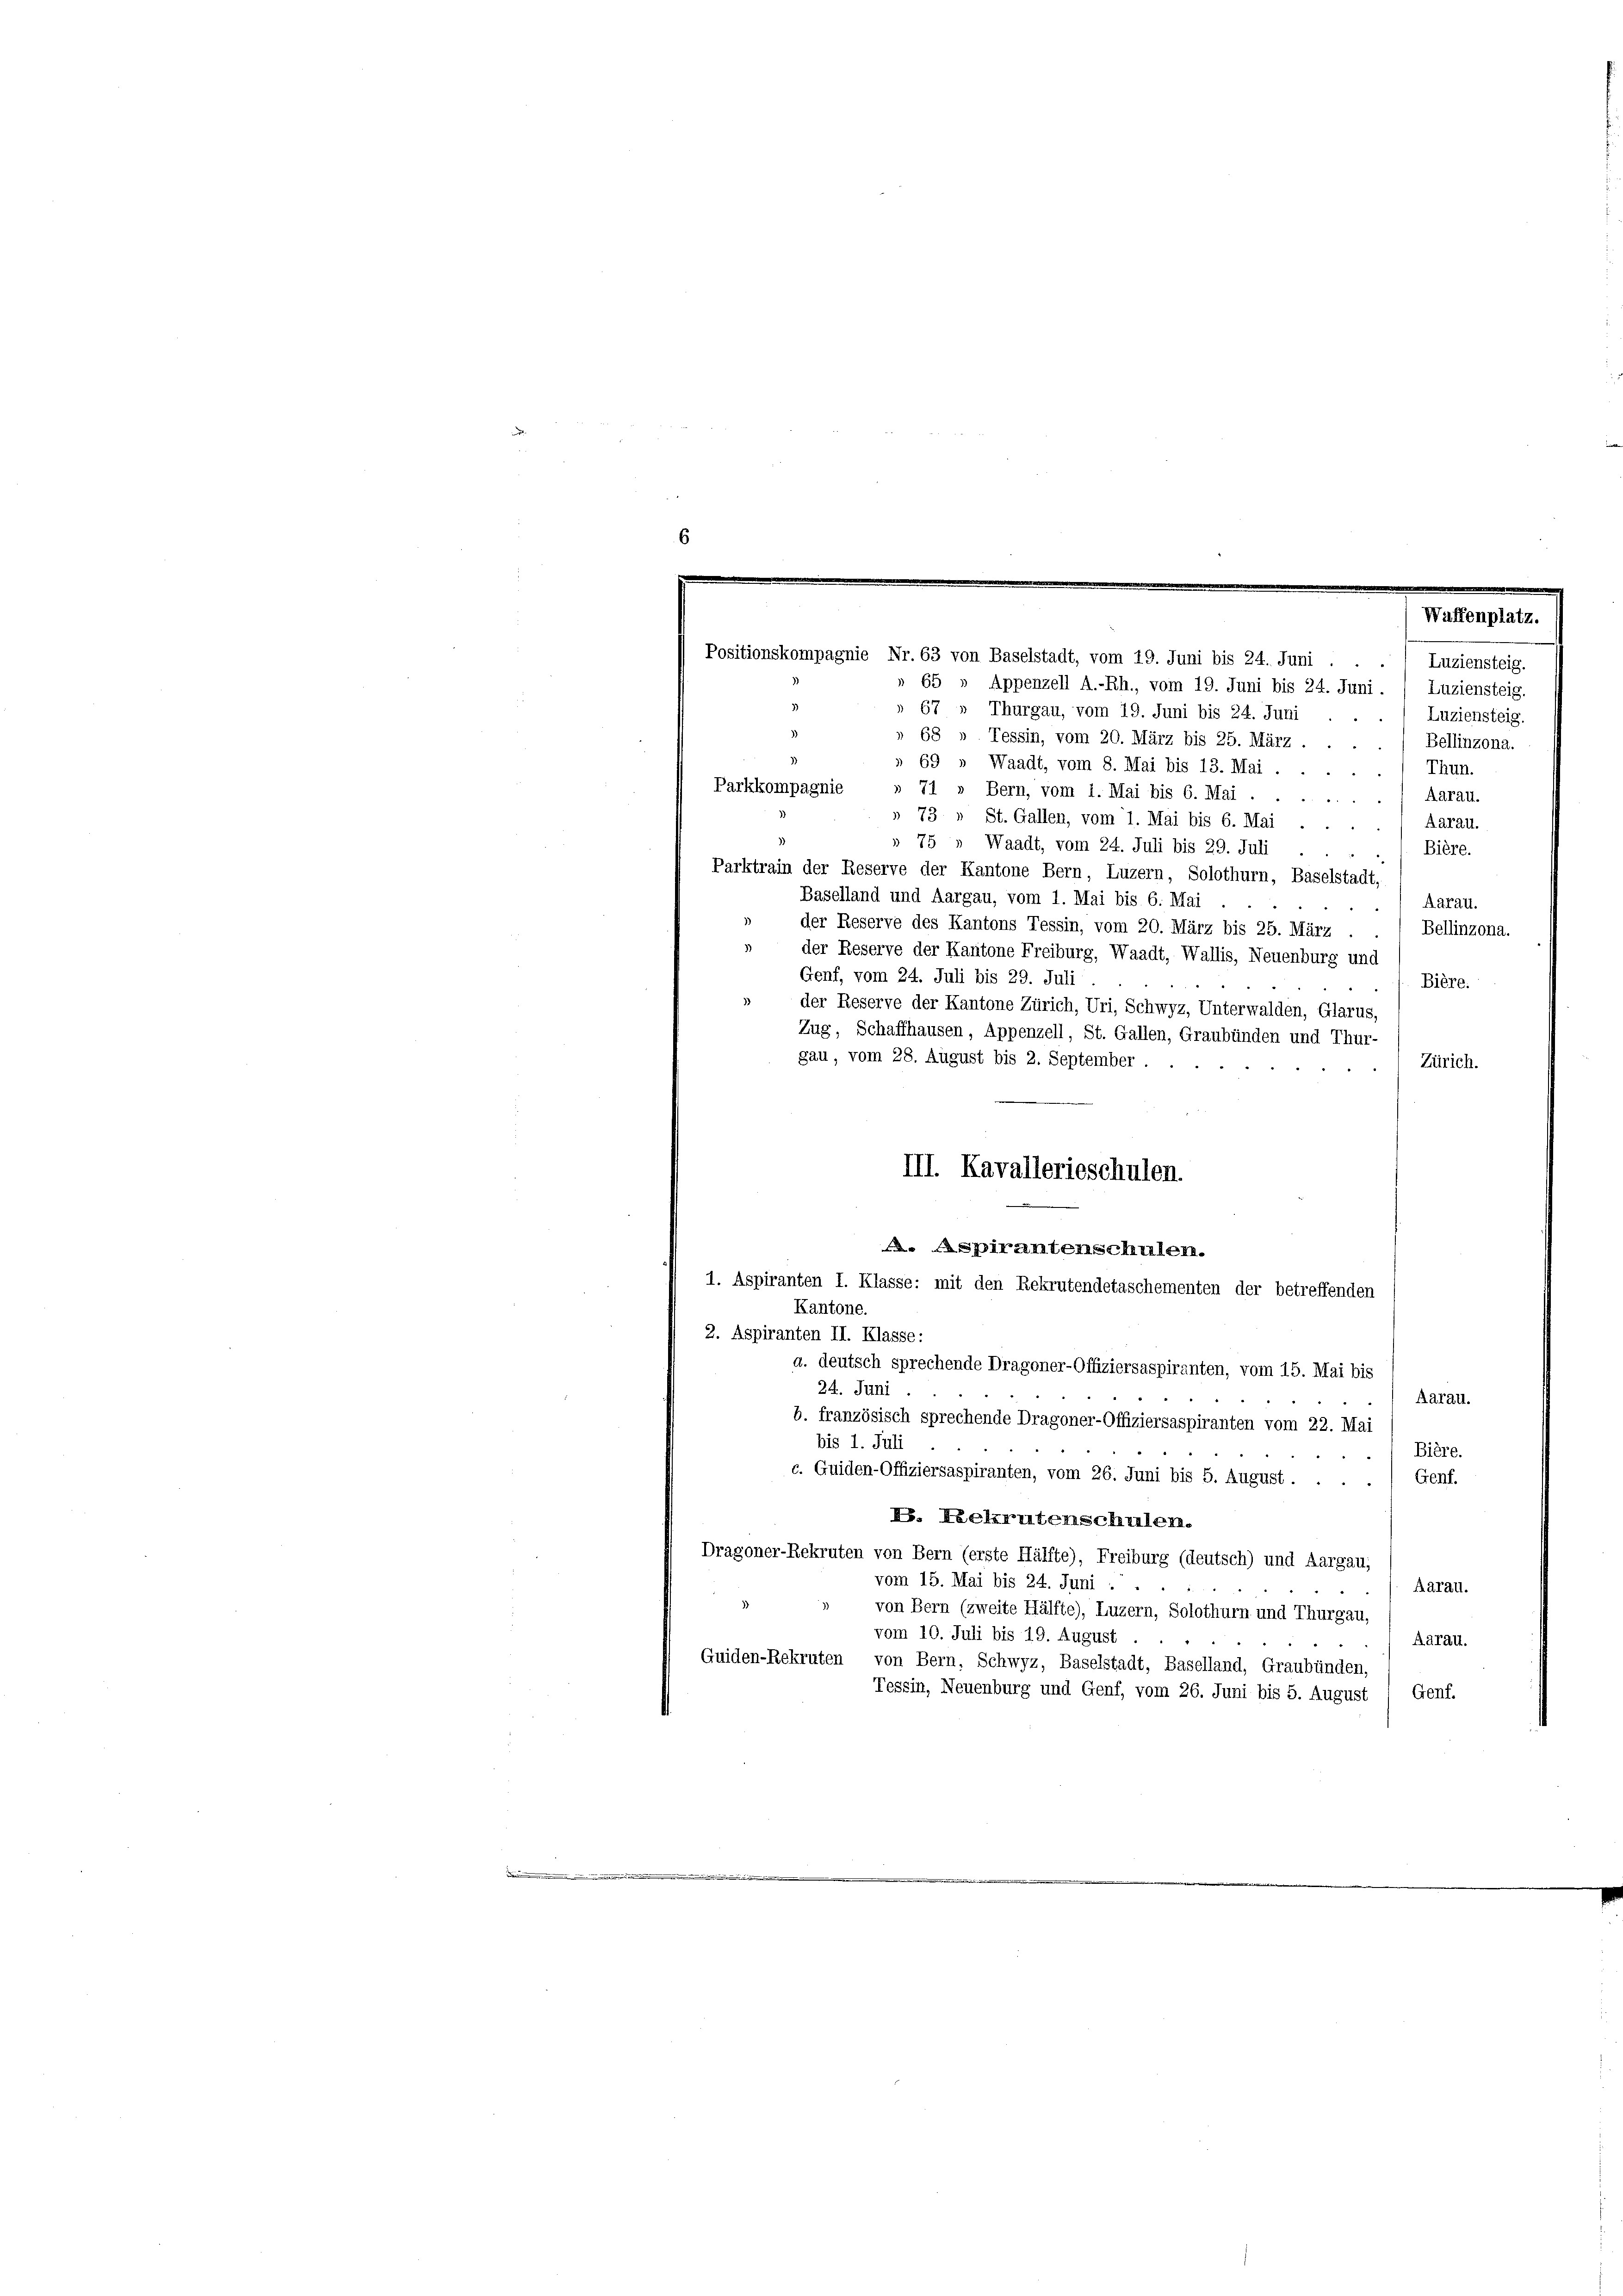
Waffenplatz.
Positionskompagnie Nr. 63 von Baselstadt, vom 19. Juni bis 24. Juni
Luziensteig.
65
Appenzell A.-Rh., vom 19. Juni bis 24. Juni. / Luziensteig.
67
Thurgau, vom 19. Juni bis 24. Juni

Luziensteig.
68 » Tessin, vom 20. März bis 25. März.
Bellinzona.
69 » Waadt, vom 8. Mai bis 13. Mai .
Thun.
Parkkompagnie
 71 » Bern, vom 1. Mai bis 6. Mai .
Aarau.
» 73 » St. Gallen, vom 1. Mai bis 6. Mai
Aarau.
» 75 » Waadt, vom 24. Juli bis 29. Juli
Bière.
Parktrain der Reserve der Kantone Bern, Luzern, Solothurn, Baselstadt,
Baselland und Aargau, vom 1. Mai bis 6. Mai
Aarau.
der Reserve des Kantons Tessin, vom 20. März bis 25. März .
Bellinzona.
» der Reserve der Kantone Freiburg, Waadt, Wallis, Neuenburg und
Genf, vom 24. Juli bis 29. Juli
Bière.
der Reserve der Kantone Zürich, Uri, Schwyz, Unterwalden, Glarus,
Zug, Schaffhausen, Appenzell, St. Gallen, Graubünden und Thur-
gau, vom 28. August bis 2. September.
Zürich.
III. Kavallerieschulen.
. Aspirantenschulen.
1. Aspiranten I. Klasse: mit den Rekrutendetaschementen der betreffenden
Kantone.
2. Aspiranten II. Klasse:
a. deutsch sprechende Dragoner-Offiziersaspiranten, vom 15. Mai bis
24. Juni.
Aarau.
b. französisch sprechende Dragoner-Offiziersaspiranten vom 22. Mai
bis 1. Juli
Bière.
c. Guiden-Offiziersaspiranten, vom 26. Juni bis 5. August.
Genf.
. Keekrutenschulen.
Dragoner-Rekruten von Bern (erste Hälfte), Freiburg (deutsch) und Aargau,
vom 15. Mai bis 24. Juni
Aarau.
von Bern (zweite Hälfte), Luzern, Solothurn und Thurgau,
vom 10. Juli bis 19. August
Aarau.
Guiden-Rekruten, von Bern, Schwyz, Baselstadt, Baselland, Graubünden,
Tessin, Neuenburg und Genf, vom 26. Juni bis 5. August / Genf.